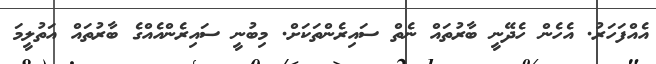
އެއްފަހަރު. އެހެން ހެދޭނީ ބާރުތައް ނެތް ސައިރެންތަކަށް. މިބުނީ ސައިރެންއެއްގެ ބާރުތައް އަތުލީމަ